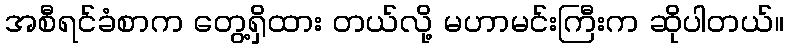
အစီရင်ခံစာက တွေ့ရှိထား တယ်လို့ မဟာမင်းကြီးက ဆိုပါတယ်။